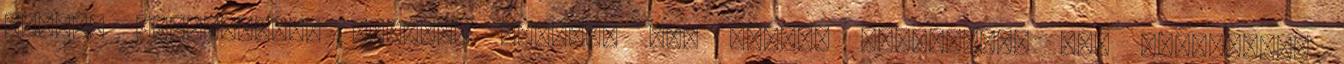
kérdem értetlenül, elvégre tényleg nem tudom. Egyáltalán nem építgetek,